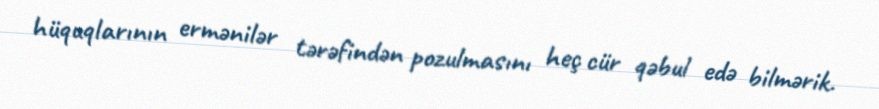
hüquqlarının ermənilər tərəfindən pozulmasını heç cür qəbul edə bilmərik.